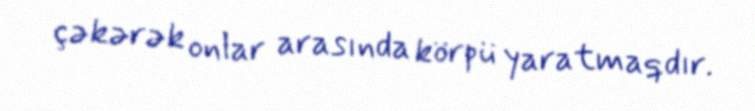
çəkərək onlar arasında körpü yaratmaqdır.